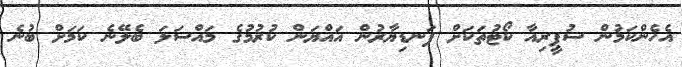
އެހެންކަމުން ސުޕީރިއާ ކޯޓުތަކަށް ފަނޑިޔާރުން އައްޔަން ކުރުމުގެ މައްސަލަ ބެލޭނެ ކަމަށް ބުނެ